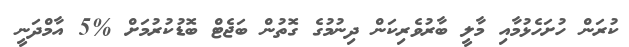
ކުރަން ހުށަހެޅުމާއި މާލީ ބާރުވެރިކަން ދިނުމުގެ ގޮތުން ބަޖެޓް ބޮޑުކުރުމަށް %5 އާމްދަނީ